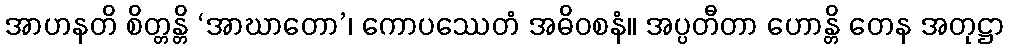
အာဟနတိ စိတ္တန္တိ ‘အာဃာတော’၊ ကောပဿေတံ အဓိဝစနံ။ အပ္ပတီတာ ဟောန္တိ တေန အတုဋ္ဌာ